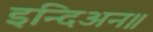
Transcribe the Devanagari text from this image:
इन्दिअन॥